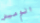
الوميض